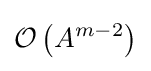
{\mathcal {O}}\left({A^{m-2}}\right)